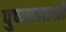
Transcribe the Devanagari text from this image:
पुष्पकलावती